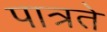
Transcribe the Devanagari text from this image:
पात्रते